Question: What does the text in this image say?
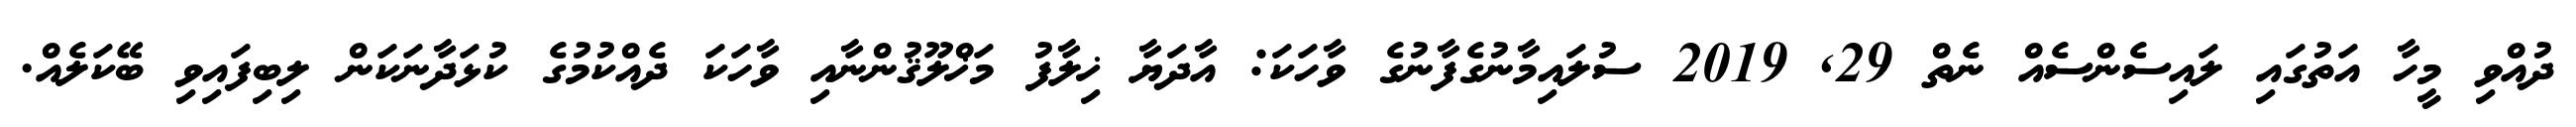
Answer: ދުއްވި މީހާ އަތުގައި ލައިސެންސެއް ނެތް 29, 2019 ސުލައިމާނުގެފާނުގެ ވާހަކަ: އާދަޔާ ޚިލާފު މަޚްލޫޤުންނާއި ވާހަކަ ދެއްކުމުގެ ކުޅަދާނަކަން ލިބިފައިވި ބޭކަލެއް.